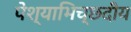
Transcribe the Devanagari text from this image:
पेश्याभिच्छदीय